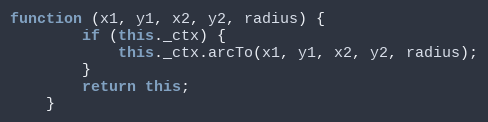
Language: JavaScript
function (x1, y1, x2, y2, radius) {
        if (this._ctx) {
            this._ctx.arcTo(x1, y1, x2, y2, radius);
        }
        return this;
    }